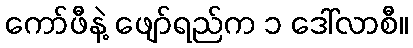
ကော်ဖီနဲ့ ဖျော်ရည်က ၁ ဒေါ်လာစီ။